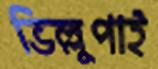
ভিল্লুপাই